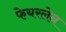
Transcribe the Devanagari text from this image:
फेयरलेन